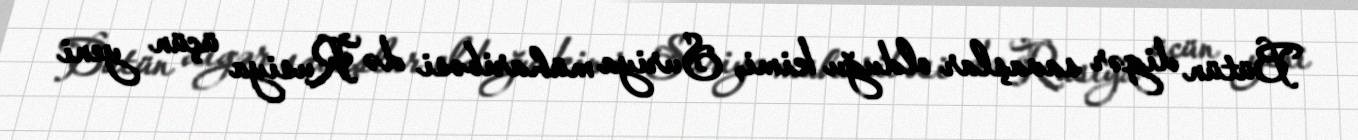
Bütün digər savaşlar olduğu kimi, Suriya müharibəsi də Rusiya üçün yeni